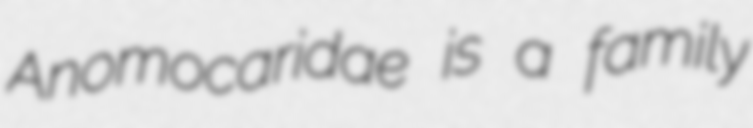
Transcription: Anomocaridae is a family